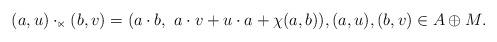
LaTeX: \begin{align*}(a, u) \cdot_\ltimes (b, v) = (a \cdot b, ~ a \cdot v + u \cdot a + \chi (a, b)), (a, u), (b, v) \in A \oplus M.\end{align*}